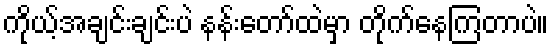
ကိုယ့်အချင်းချင်းပဲ နန်းတော်ထဲမှာ တိုက်နေကြတာပဲ။